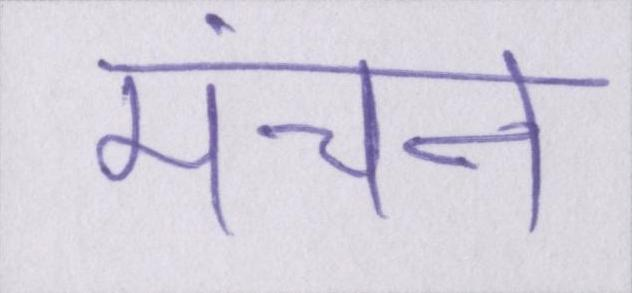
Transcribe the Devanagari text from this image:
मंचन